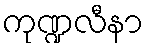
ကုဏ္ဍလီနာ